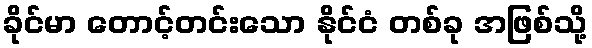
ခိုင်မာ တောင့်တင်းသော နိုင်ငံ တစ်ခု အဖြစ်သို့